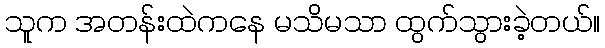
သူက အတန်းထဲကနေ မသိမသာ ထွက်သွားခဲ့တယ်။